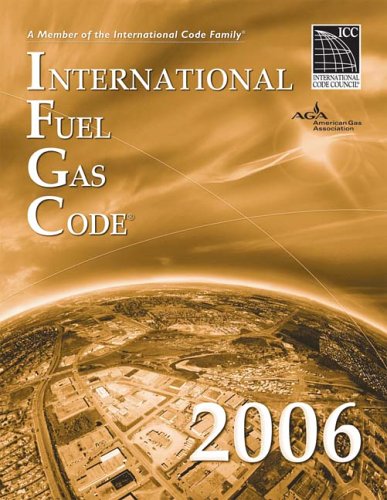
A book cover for International Fuel Gas Code 2006 (International Fuel Gas Code); International Code Council; Law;